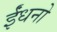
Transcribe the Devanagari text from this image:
ईंधनो